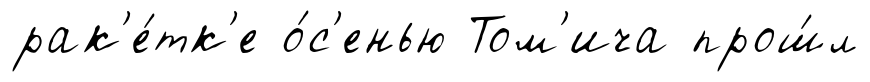
рак'е́тк'е о́с'енью Том'ича прош́л